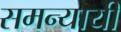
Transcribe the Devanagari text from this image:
समन्यायी